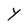
Character: Y